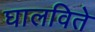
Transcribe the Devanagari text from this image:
घालविते